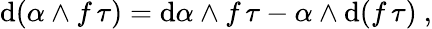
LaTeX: \mathrm{d}(\alpha\wedge f\, \tau)=\mathrm{d}\alpha\wedge f\, \tau-\alpha\wedge\mathrm{d}(f\, \tau)\ ,